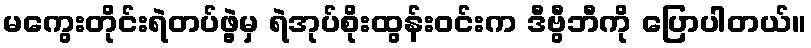
မကွေးတိုင်းရဲတပ်ဖွဲ့မှ ရဲအုပ်စိုးထွန်းဝင်းက ဒီဗွီဘီကို ပြောပါတယ်။